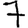
Digit: 7